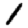
Digit: 1